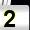
Digit: 2